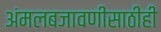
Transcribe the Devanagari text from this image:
अंमलबजावणीसाठीही